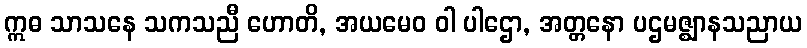
ဣဓ သာသနေ သကသညီ ဟောတိ, အယမေဝ ဝါ ပါဌော, အတ္တနော ပဌမဇ္ဈာနသညာယ